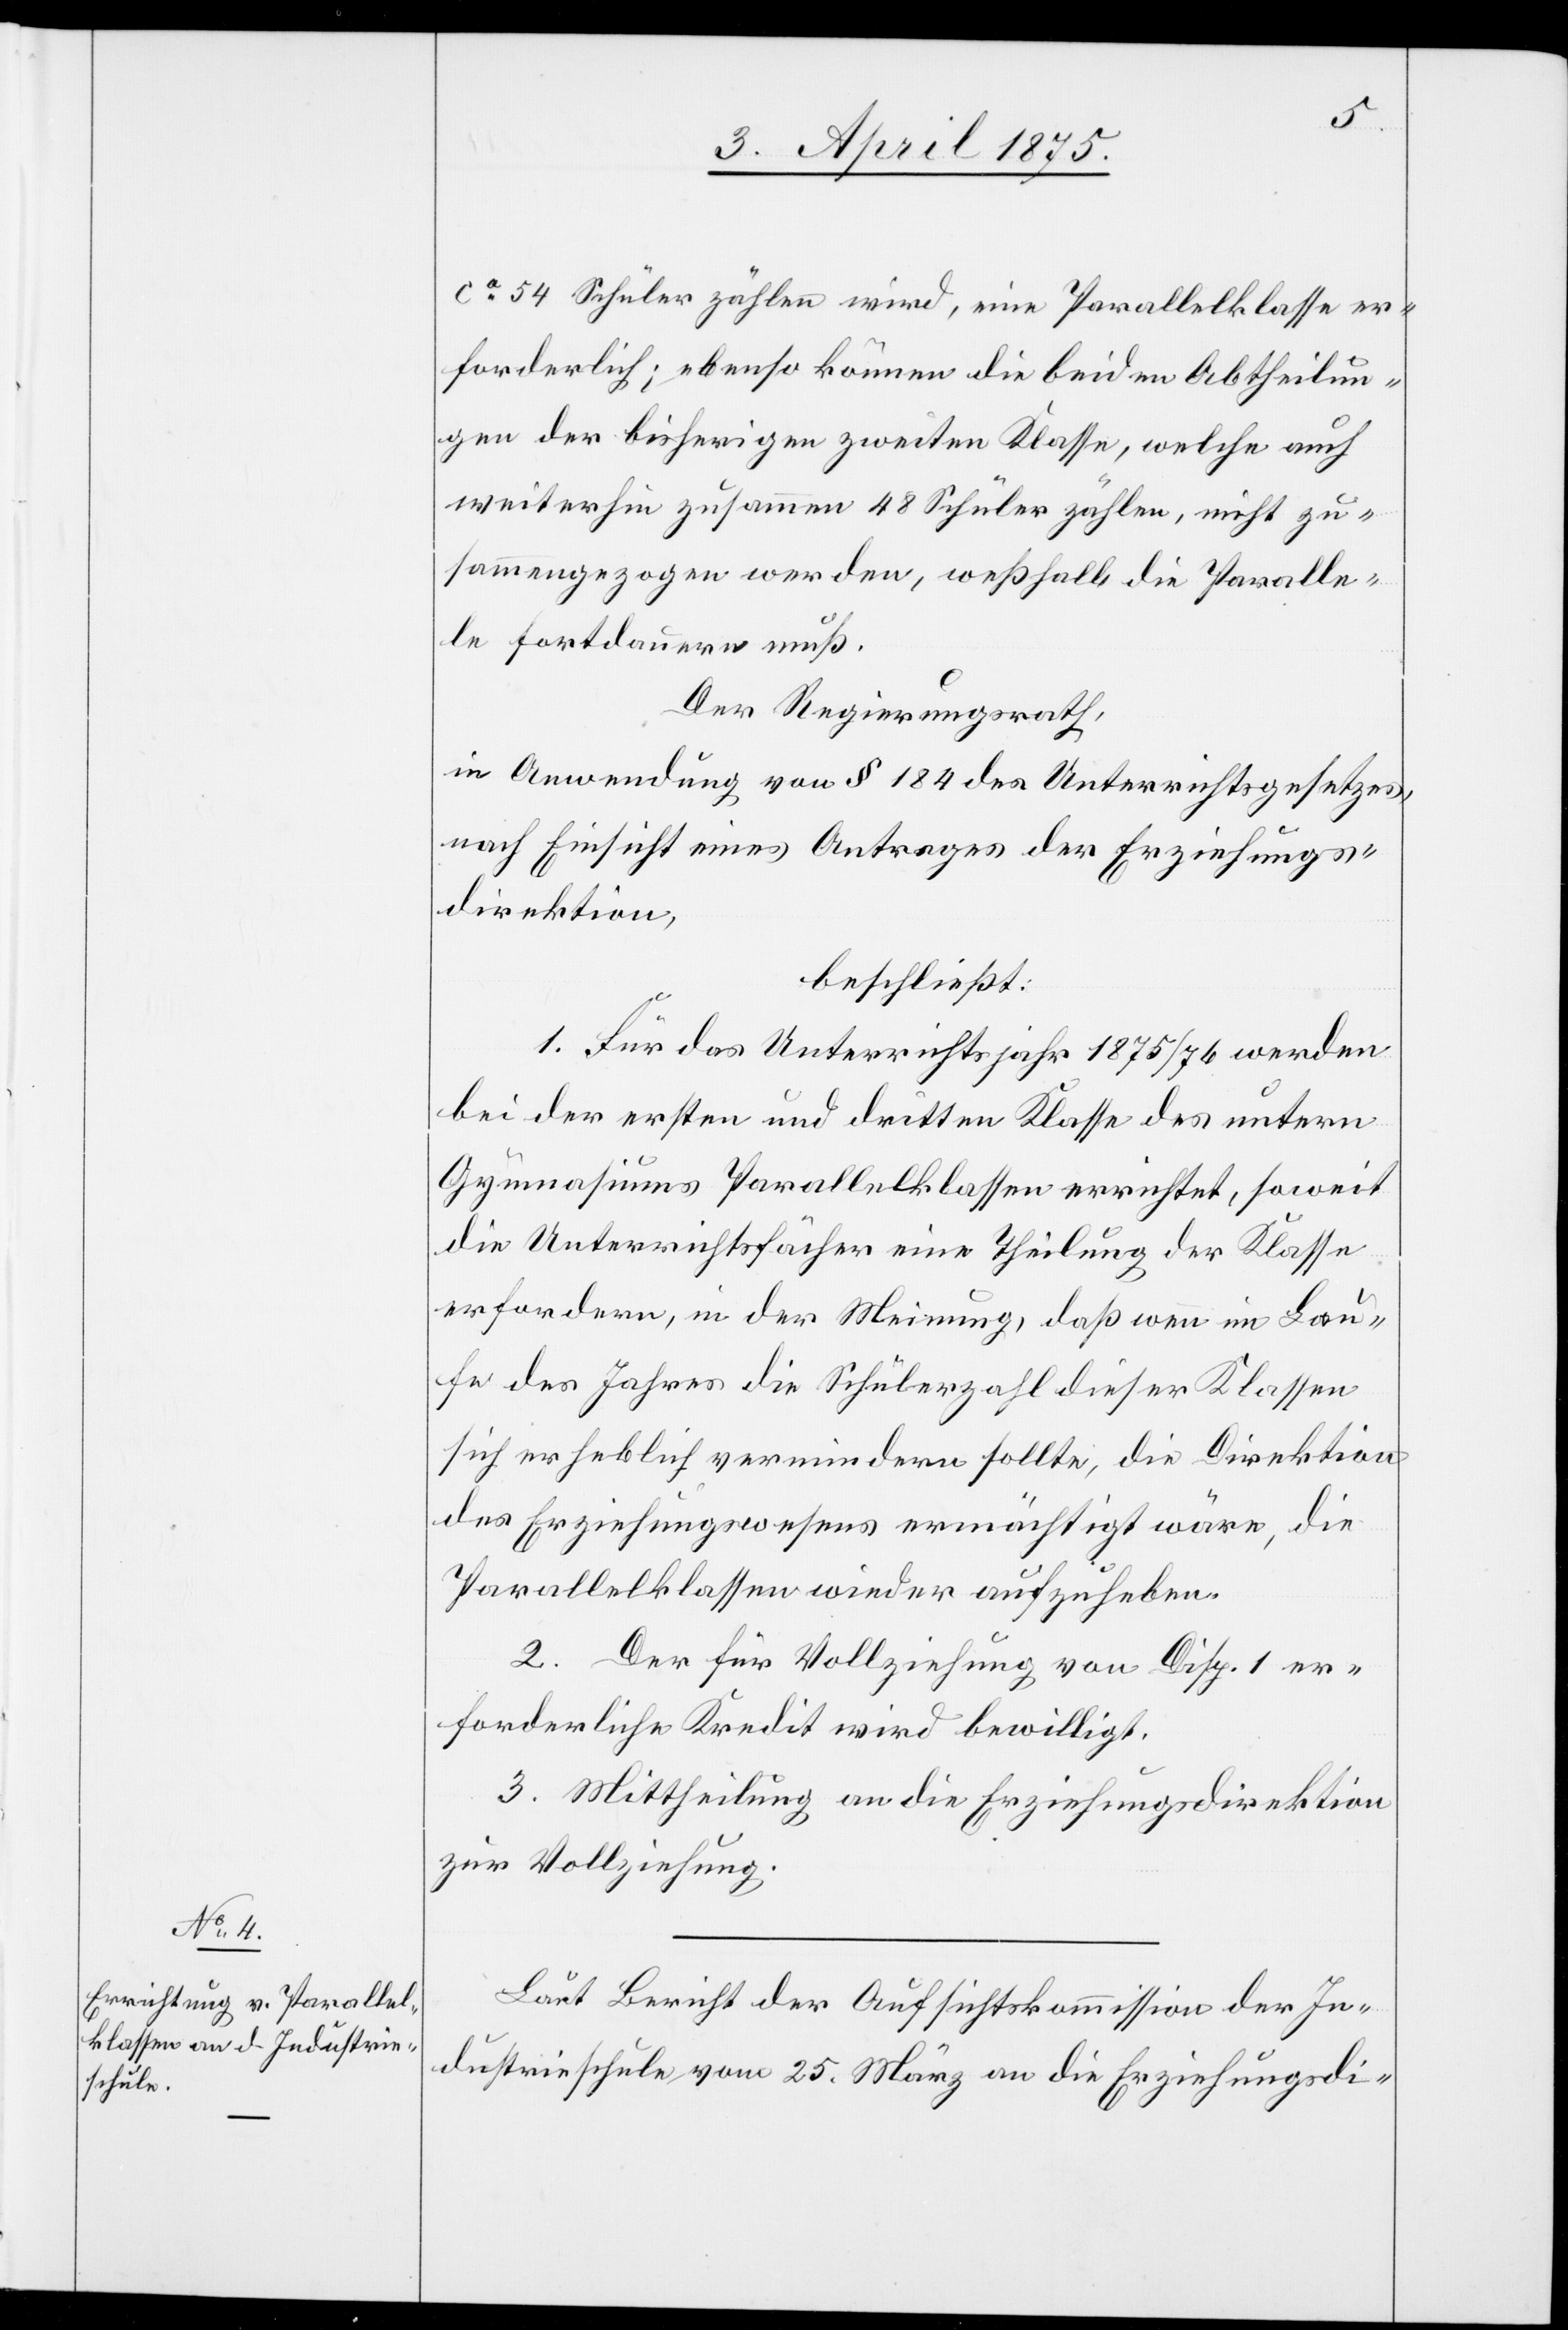
ca 54 Schüler zählen wird, eine Parallelklasse er¬
forderlich; ebenso können die beiden Abtheilun¬
gen der bisherigen zweiten Klasse, welche auch
weiterhin zusammen 48 Schüler zählen, nicht zu¬
sammengezogen werden, weßhalb die Paralle¬
le fortdauern muß.
Der Regierungsrath,
in Anwendung von § 184 des Unterrichtsgesetzes,
nach Einsicht eines Antrages der Erziehungs¬
direktion,
beschließt:
1. Für das Unterrichtsjahr 1875/76 werden
bei der ersten und dritten Klasse des untern
Gymnasiums Parallelklassen errichtet, soweit
die Unterrichtsfächer eine Theilung der Klasse
erfordern, in der Meinung, daß wenn im Lau¬
fe des Jahres die Schülerzahl dieser Klassen
sich erheblich vermindern sollte, die Direktion
des Erziehungswesens ermächtigt wäre, die
Parallelklassen wieder aufzuheben.
2. Der für Vollziehung von Disp. 1 er¬
forderliche Kredit wird bewilligt.
3. Mittheilung an die Erziehungsdirektion
zur Vollziehung.
Laut Bericht der Aufsichtskommission der In¬
dustrieschule vom 25. März an die Erziehungsdi-